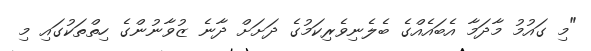
"މި ގައުމު މާދަމާ އެބައެއްގެ ބެލެނިވެރިކަމުގެ ދަށަށް ދާނެ ޒުވާނުންގެ ހިތްތަކުގައި މި